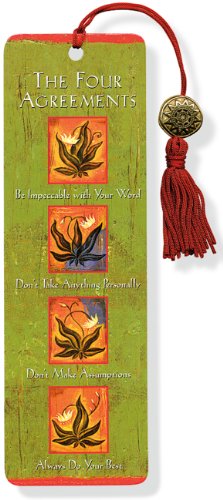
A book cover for The Four Agreements Beaded Bookmark; Don Miguel Ruiz; Politics & Social Sciences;